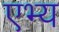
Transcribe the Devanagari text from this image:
एभ्य